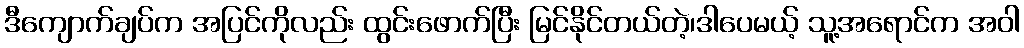
ဒီကျောက်ချပ်က အပြင်ကိုလည်း ထွင်းဖောက်ပြီး မြင်နိုင်တယ်တဲ့၊ဒါပေမယ့် သူ့အရောင်က အဝါ